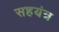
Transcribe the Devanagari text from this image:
सहयंत्र